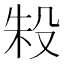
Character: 𬆤